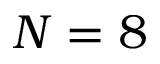
N = 8